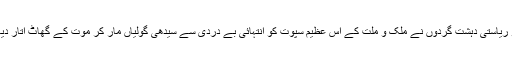
اور پھر تاریخ نے دیکھا کہ 17 جون 2014ء کو ریاستی دہشت گردوں نے ملک و ملت کے اِس عظیم سپوت کو انتہائی بے دردی سے سیدھی گولیاں مار کر موت کے گھاٹ اتار دیا اور ملک کو ایک عظیم فرزند سے محروم کردیا۔